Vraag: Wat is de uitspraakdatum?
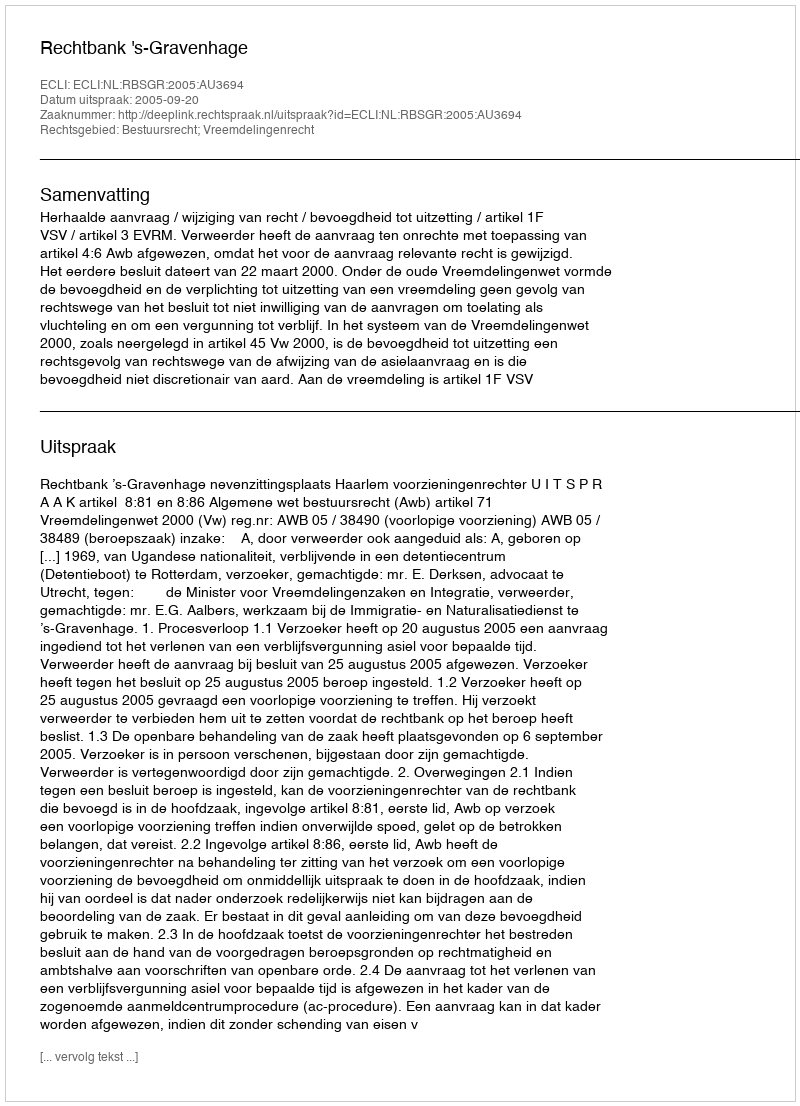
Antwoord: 2005-09-20